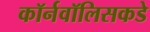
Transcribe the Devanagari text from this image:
कॉर्नवॉलिसकडे